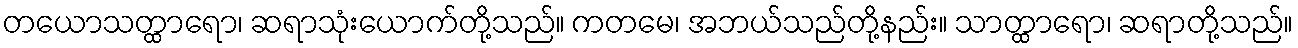
တယောသတ္ထာရော၊ ဆရာသုံးယောက်တို့သည်။ ကတမေ၊ အဘယ်သည်တို့နည်း။ သာတ္ထာရော၊ ဆရာတို့သည်။